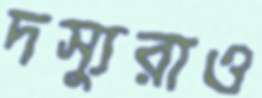
দস্যুরাও